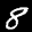
Label: 8